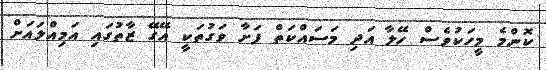
ކޮންމެ މީހަކުވެސް ހޭލާ އަދި މަސައްކަތް ފަށާ ވަގުތަކީ އޭގޭ ޒާތުގައި އަމިއްލައަށް